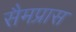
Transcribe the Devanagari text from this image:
सैमप्रास